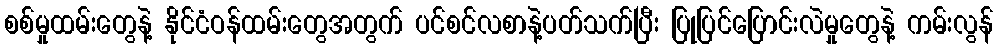
စစ်မှုထမ်းတွေနဲ့ နိုင်ငံဝန်ထမ်းတွေအတွက် ပင်စင်လစာနဲ့ပတ်သက်ပြီး ပြုပြင်ပြောင်းလဲမှုတွေနဲ့ ကမ်းလွန်